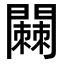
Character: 𬮓